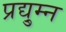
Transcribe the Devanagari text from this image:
प्रद्यु्म्न